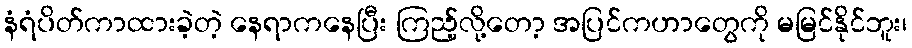
နံရံပိတ်ကာထားခဲ့တဲ့ နေရာကနေပြီး ကြည့်လို့တော့ အပြင်ကဟာတွေကို မမြင်နိုင်ဘူး၊